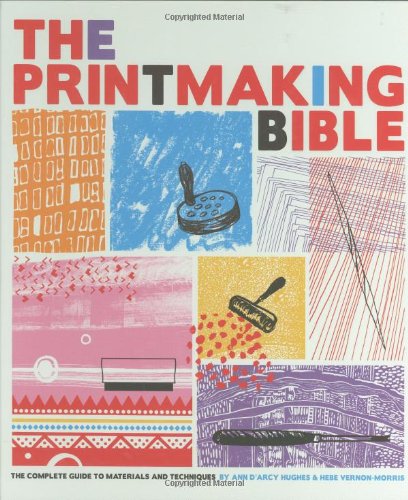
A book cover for The Printmaking Bible: The Complete Guide to Materials and Techniques; Ann d'Arcy Hughes; Arts & Photography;